Scottish Leaving Certificate Examination, 1955
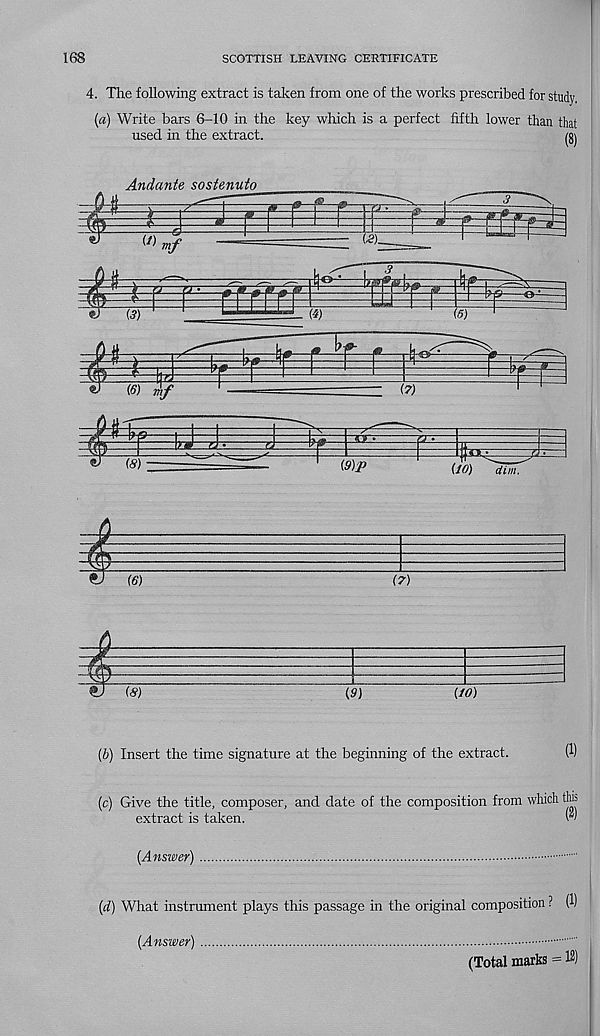
168
SCOTTISH LEAVING CERTIFICATE
4. The following extract is taken from one of the works prescribed for study,
{a) Write bars 6-10 in the key which is a perfect fifth lower than that
used in the extract.
Andante sostenuto
u
H
^—s
(3)
0
(7)
(6) -rhf
v.m n
{9)p
(10) dim.
(6)
(7)
(8)
(9)
(10)
(b) Insert the time signature at the beginning of the extract.
(1)
(c) Give the title, composer, and date of the composition from which tbs
extract is taken.
W
{Answer)
(d) What instrument plays this passage in the original composition ? (1)
(Answer)
(Total marks = 12)